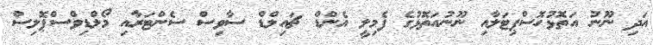
އަދި ނޫނު އަތޮޅުހޮސްޕިޓަލާއި ނޫނުއަތޮޅުގެ ފެމިލީ އެންޑް ޗައިލްޑް ސާވިސް ސެންޓަރާއި މޯލްޑިވްސްޕޮލިސް